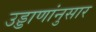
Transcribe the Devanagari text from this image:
उड्डाणांनुसार